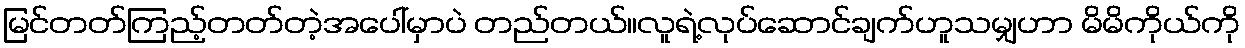
မြင်တတ်ကြည့်တတ်တဲ့အပေါ်မှာပဲ တည်တယ်။လူရဲ့လုပ်ဆောင်ချက်ဟူသမျှဟာ မိမိကိုယ်ကို